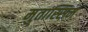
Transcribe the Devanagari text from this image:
मुतास्सिम